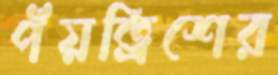
পঁয়ত্রিশের